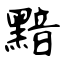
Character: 黯